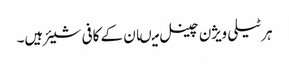
ہر ٹیلی ویژن چینل میںان کے کافی شیئر ہیں۔